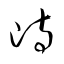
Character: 峙